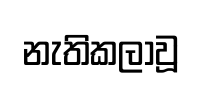
නැතිකලාවූ